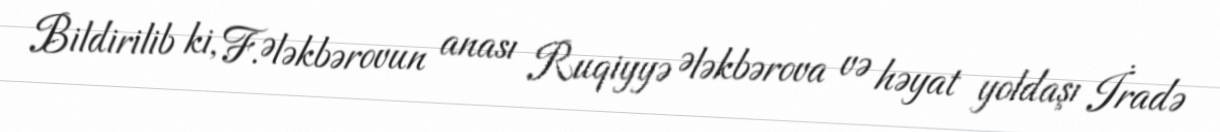
Bildirilib ki, F.Ələkbərovun anası Ruqiyyə Ələkbərova və həyat yoldaşı İradə